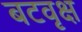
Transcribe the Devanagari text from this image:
बटवृक्ष